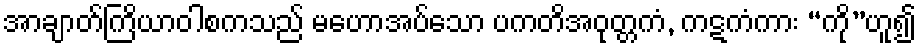
အာချာတ်ကြိယာဝါစကသည် မဟောအပ်သော ပကတိအဝုတ္တကံ, ကဋကံကား “ကို”ဟူ၍